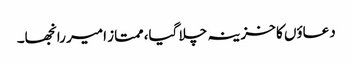
دعاؤں کا خزینہ چلا گیا، ممتاز امیر رانجھا۔